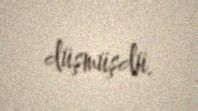
düşmüşdü.